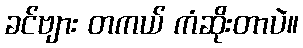
ခင်ဗျား တကယ် ကံဆိုးတာပဲ။